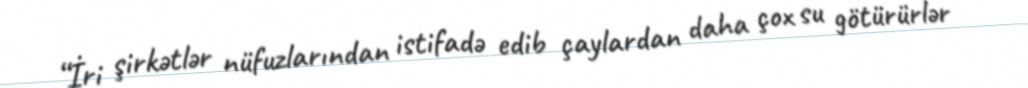
“İri şirkətlər nüfuzlarından istifadə edib çaylardan daha çox su götürürlər